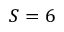
S = 6